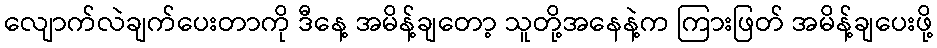
လျောက်လဲချက်ပေးတာကို ဒီနေ့ အမိန့်ချတော့ သူတို့အနေနဲ့က ကြားဖြတ် အမိန့်ချပေးဖို့